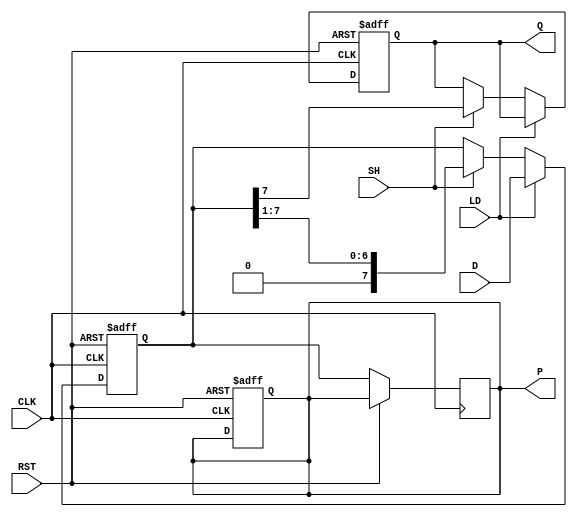
module PISO_Register #(
    parameter N = 8  // Width of the register
)(
    input wire [N-1:0] D,    // Parallel data inputs
    input wire LD,           // Load signal
    input wire SH,           // Shift signal
    input wire CLK,          // Clock signal
    input wire RST,          // Reset signal
    output reg Q,            // Serial output
    output reg [N-1:0] P     // Parallel output (optional)
);

    reg [N-1:0] shift_reg;   // Shift register to hold the data

    always @(posedge CLK or posedge RST) begin
        if (RST) begin
            // Asynchronous reset
            shift_reg <= {N{1'b0}}; // Clear the register
            Q <= 1'b0;              // Clear the serial output
            P <= {N{1'b0}};         // Clear the parallel output
        end else begin
            if (LD) begin
                // Load operation
                shift_reg <= D;     // Load parallel data into the register
            end else if (SH) begin
                // Shift operation
                Q <= shift_reg[N-1]; // Output the MSB to Q
                shift_reg <= {1'b0, shift_reg[N-1:1]}; // Shift right and fill with 0
            end
        end
    end

    always @(posedge CLK) begin
        if (!RST) begin
            P <= shift_reg; // Update parallel output with the current register content
        end
    end

endmodule